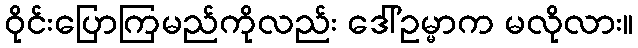
ဝိုင်းပြောကြမည်ကိုလည်း ဒေါ်ဥမ္မာက မလိုလား။